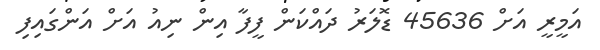
އަމީރީ އަށް 45636 ޑޮލަރު ދައްކަން ފީފާ އިން ނިއު އަށް އަންގައިފި